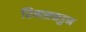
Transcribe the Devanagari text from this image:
रिमसकडुन